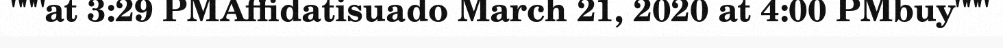
"""at 3:29 PMAffidatisuado March 21, 2020 at 4:00 PMbuy"""